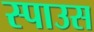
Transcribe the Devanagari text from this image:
स्पाउस